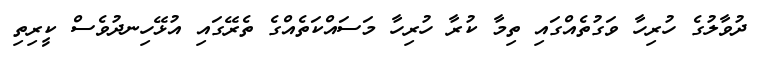
ދުވާލުގެ ހުރިހާ ވަގުތެއްގައި ތިމާ ކުރާ ހުރިހާ މަސައްކަތެއްގެ ތެރޭގައި އުޅޭހިނދުވެސް ކީރިތި